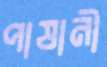
পাষানী